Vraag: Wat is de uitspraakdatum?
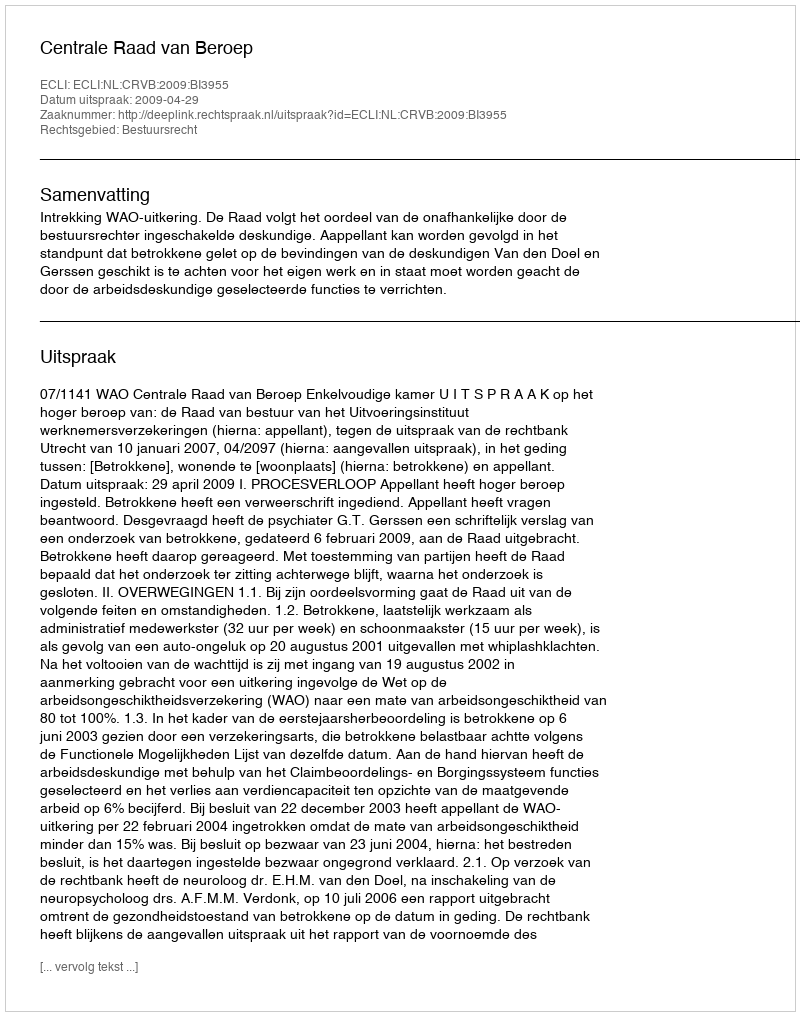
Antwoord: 2009-04-29